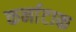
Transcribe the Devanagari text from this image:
कर्नाटाक